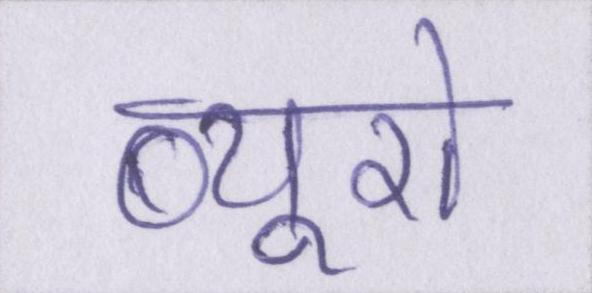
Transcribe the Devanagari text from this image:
ब्यूरो